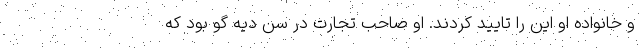
و خانواده او این را تایید کردند. او صاحب تجارت در سن دیه گو بود که